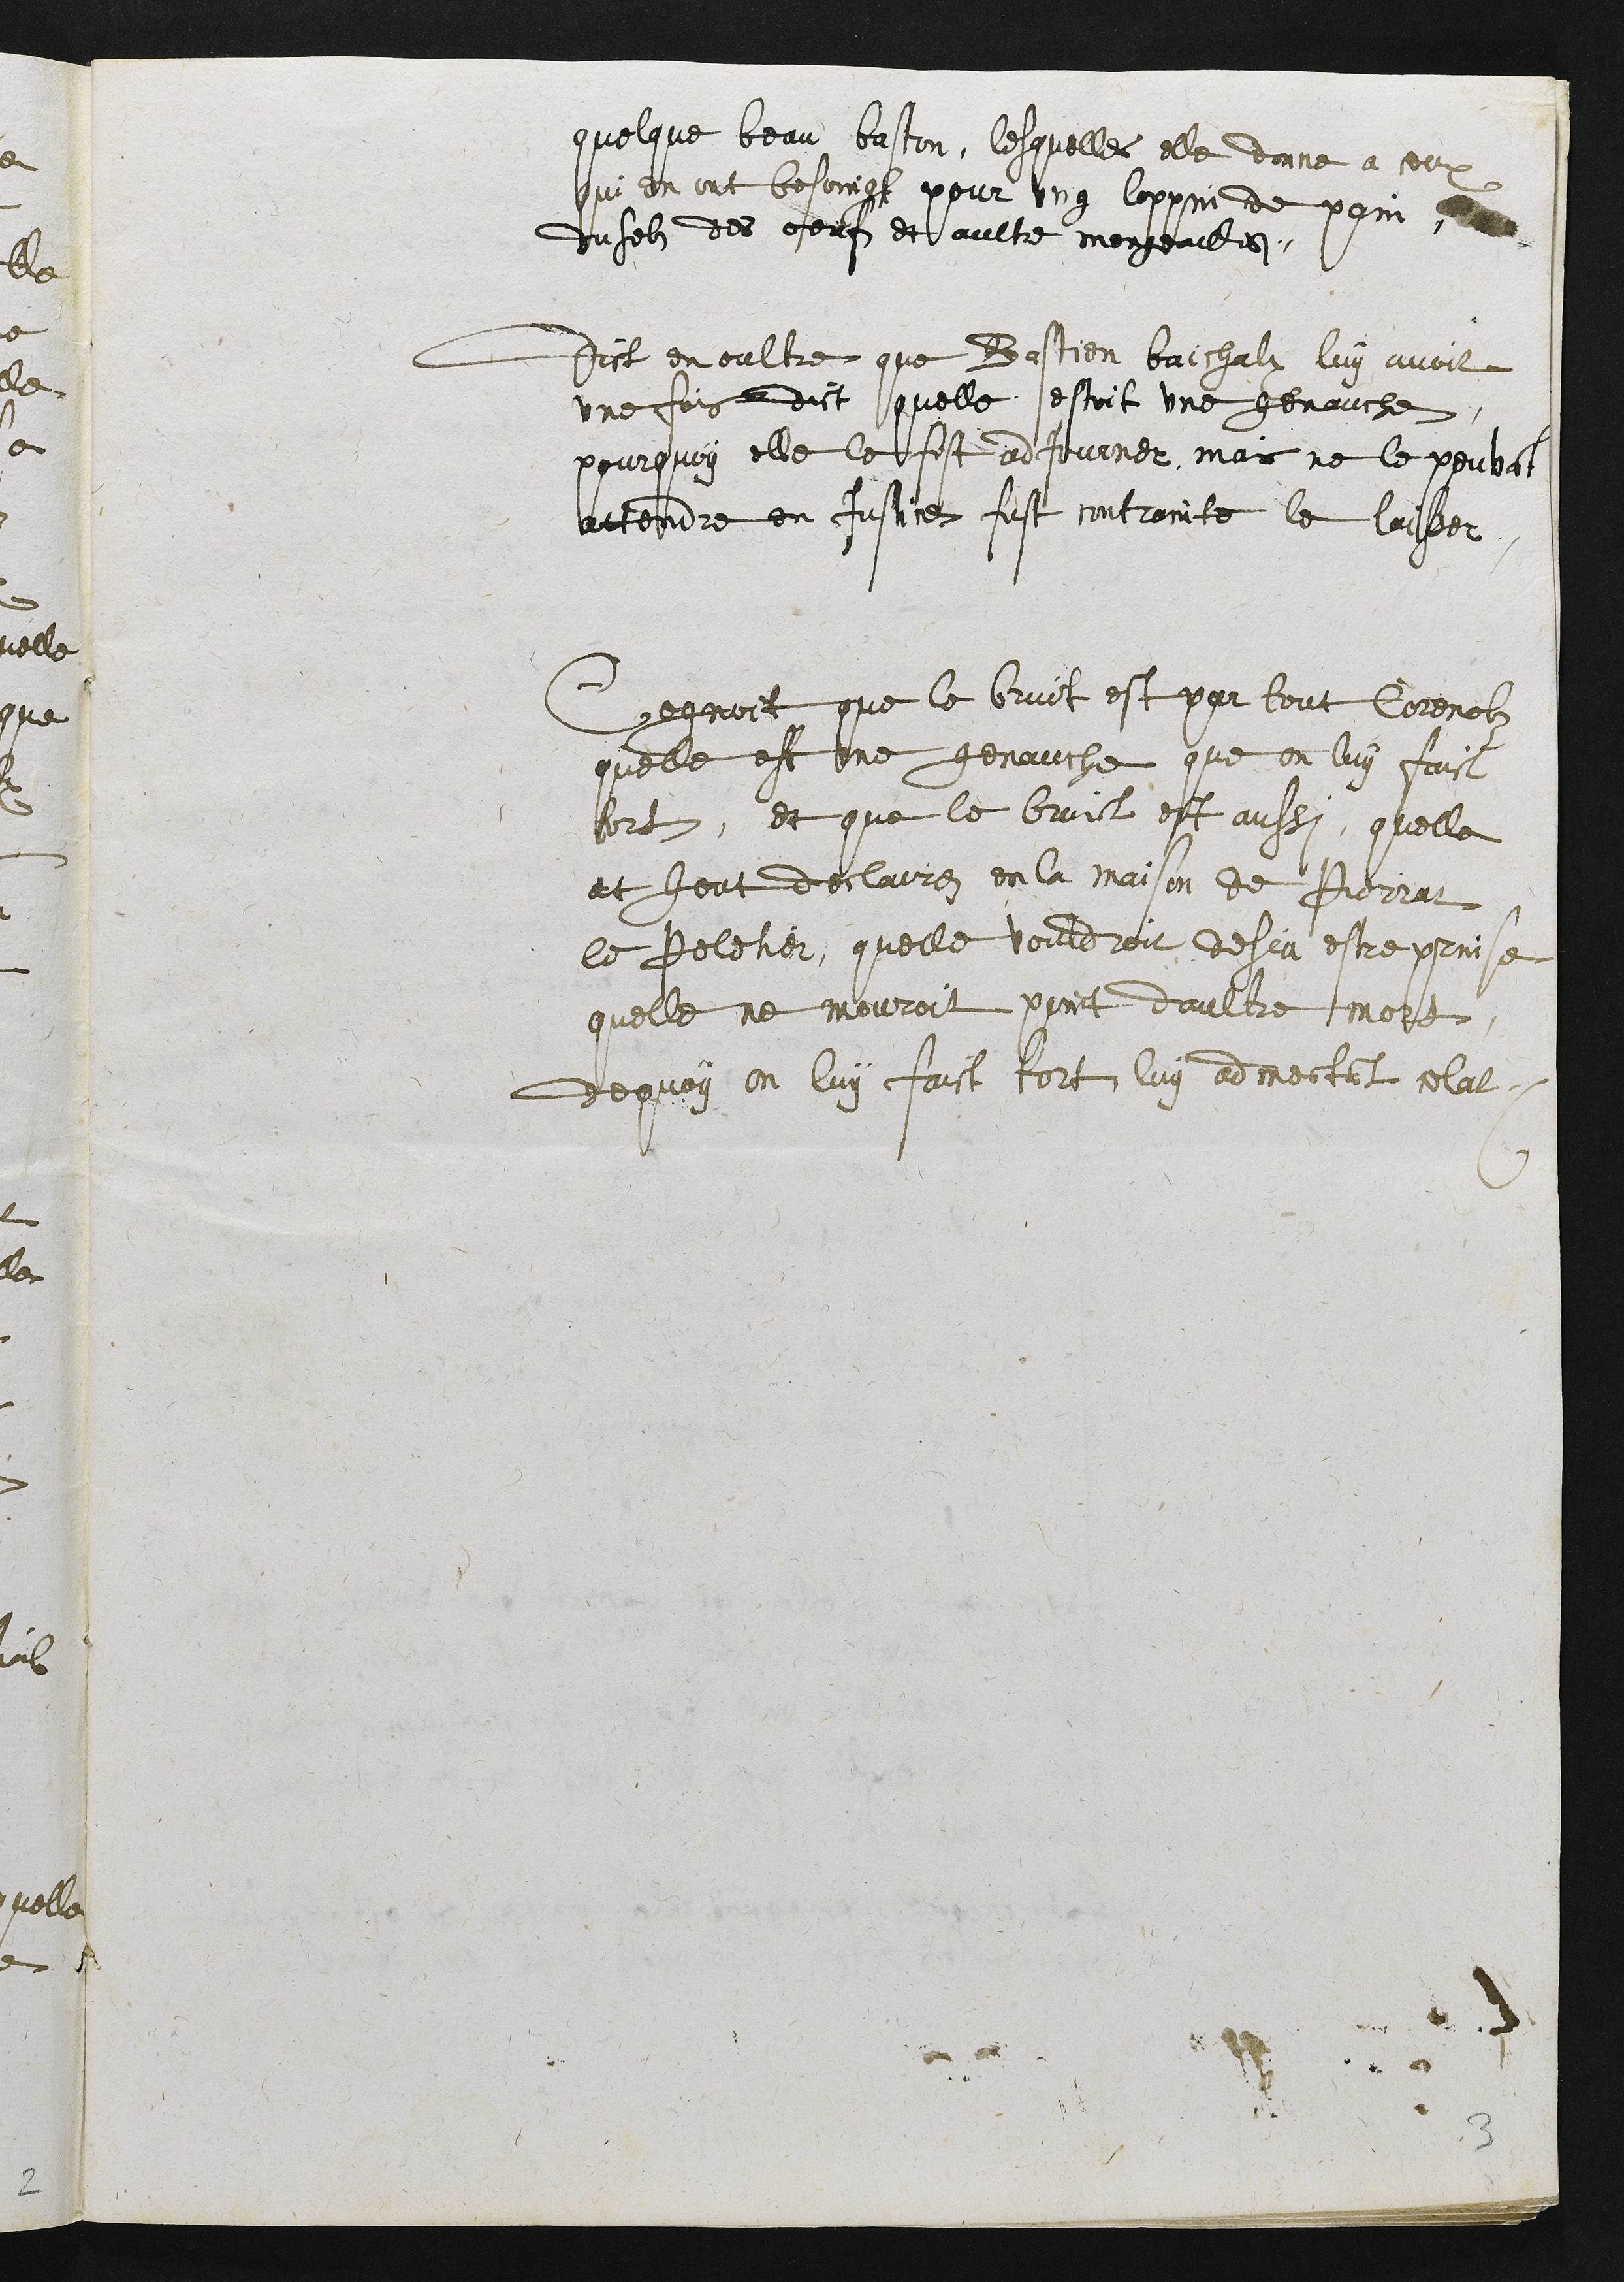
quelque beau baston, lesquelles elle donné a ceux
qui en ont besoingt pour ung loppin de pain
du selz des oeufz et aultre mongeaulles.
Dict en oultre que Bastien baichalz luy avoit
une fois dict quelle sestoit une genauche,
pourquoy elle le fist adjourner, mais ne le peuvat
attendre en Justice fust contrainte le laiter
Crognoit que le bruit est par tout Corenolz
quelle est une genauche que on luy faict
tort, et que le bruict est aussi, quelle
at heut declairez en la maison de Pierrat
le Peletier, quelle vouldroit desja estre prinse
quelle ne mouroit point daultre molt
dequoy on luy faict tort, luy admectant celat